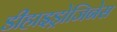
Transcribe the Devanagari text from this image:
डीहाइड्रोजिनेस